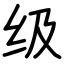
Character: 级